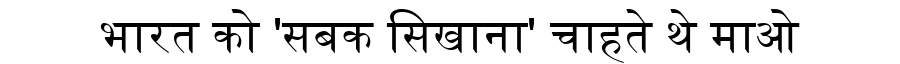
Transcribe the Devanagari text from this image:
भारत को 'सबक सिखाना' चाहते थे माओ